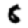
Digit: 8